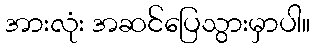
အားလုံး အဆင်ပြေသွားမှာပါ။